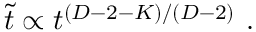
\tilde { t } \propto t ^ { ( D - 2 - { \cal K } ) / ( D - 2 ) } \ .